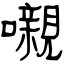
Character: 嚫